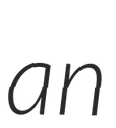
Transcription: an